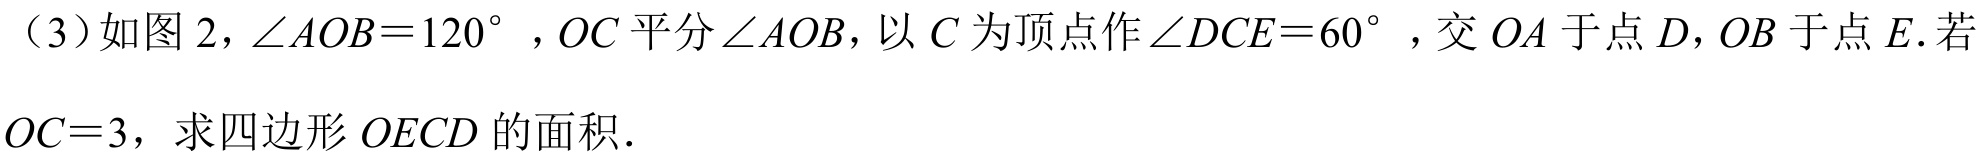
（3）如图2，\(\angle AOB = 120^{\circ}\)，\(OC\)平分\(\angle AOB\)，以\(C\)为顶点作\(\angle DCE = 60^{\circ}\)，交\(OA\)于点\(D\)，\(OB\)于点\(E\). 若\(OC = 3\)，求四边形\(OECD\)的面积.